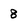
Character: 8